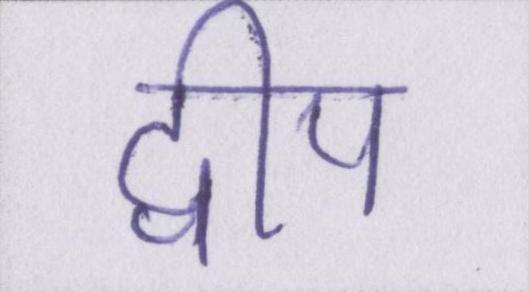
द्वीप